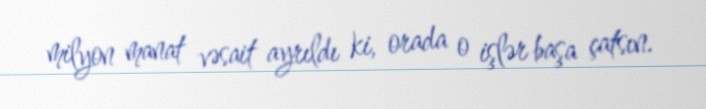
milyon manat vəsait ayrıldı ki, orada o işlər başa çatsın.